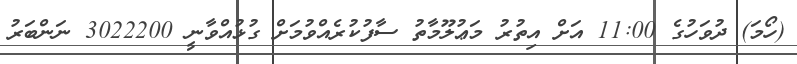
(ހޯމަ) ދުވަހުގެ 11:00 އަށް އިތުރު މަޢުލޫމާތު ސާފުކުރެއްވުމަށް ގުޅުއްވާނީ 3022200 ނަންބަރު